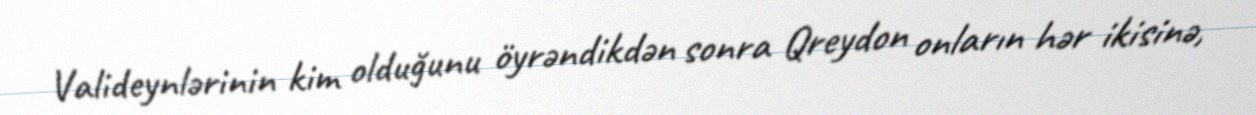
Valideynlərinin kim olduğunu öyrəndikdən sonra Qreydon onların hər ikisinə,